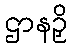
ဌာနဉှိ